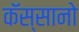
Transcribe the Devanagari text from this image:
कॅस्सानो